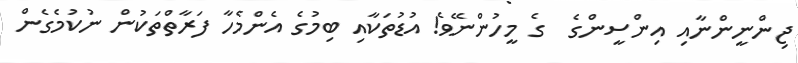
ޖިންނީންނާއި އިންސީންގެ  ގެ މީހުންނޭވެ! އުޑުތަކާއި ބިމުގެ އެންމެހާ ފަރާތްތަކުން ނުކުމެގެން